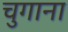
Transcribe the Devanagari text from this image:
चुगाना